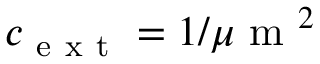
c _ { \mathrm { ~ e ~ x ~ t ~ } } = 1 / \mu \mathrm { ~ m ~ } ^ { 2 }